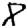
Digit: 8